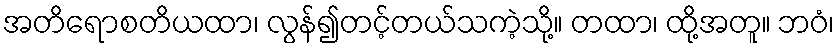
အတိရောစတိယထာ၊ လွန်၍တင့်တယ်သကဲ့သို့။ တထာ၊ ထို့အတူ။ ဘဝံ၊